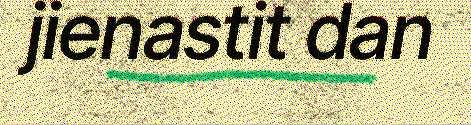
jienastit dan